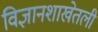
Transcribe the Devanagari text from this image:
विज्ञानशाखेतली